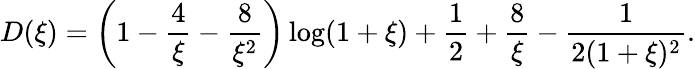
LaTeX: D(\xi)=\left(1-\frac{4}{\xi}-\frac{8}{\xi^{2}}\right)\log(1+\xi)+\frac{1}{2}+\frac{8}{\xi}-\frac{1}{2(1+\xi)^{2}}.